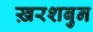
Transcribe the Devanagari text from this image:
ख़रशबुन